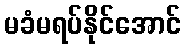
မခံမရပ်နိုင်အောင်